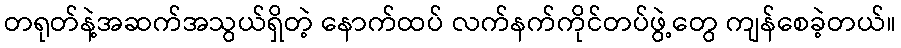
တရုတ်နဲ့အဆက်အသွယ်ရှိတဲ့ နောက်ထပ် လက်နက်ကိုင်တပ်ဖွဲ့တွေ ကျန်စေခဲ့တယ်။